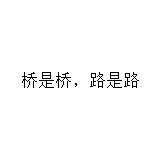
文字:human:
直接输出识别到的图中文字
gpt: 桥是桥，路是路